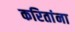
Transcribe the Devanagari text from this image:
करितांना